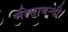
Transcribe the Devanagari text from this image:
मीसाबन्दी